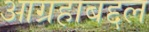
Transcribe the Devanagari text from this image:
आग्रहाबद्दल